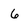
Character: 6